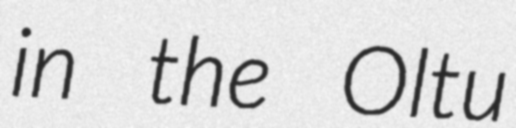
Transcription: in the Oltu